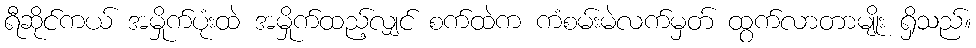
ရီဆိုင်ကယ် အမှိုက်ပုံးထဲ အမှိုက်ထည့်လျှင် စက်ထဲက ကံစမ်းမဲလက်မှတ် ထွက်လာတာမျိုး ရှိသည်။